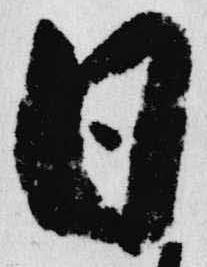
日